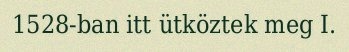
1528-ban itt ütköztek meg I.